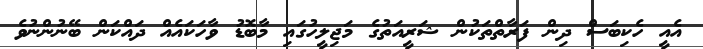
އެއީ ހެކިބަސް ދިން ފަރާތްތަކުން ޝަރީއަތުގެ މަޖިލީހުގައި މާބޮޑު ވާހަކައެއް ދައްކަން ބޭނުންނުވެ